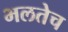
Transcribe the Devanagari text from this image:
भलतेच